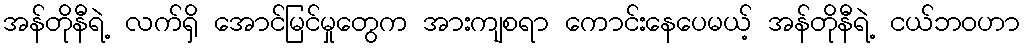
အန်တိုနီရဲ့ လက်ရှိ အောင်မြင်မှုတွေက အားကျစရာ ကောင်းနေပေမယ့် အန်တိုနီရဲ့ ငယ်ဘဝဟာ